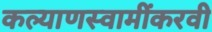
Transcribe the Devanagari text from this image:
कल्याणस्वामींकरवी